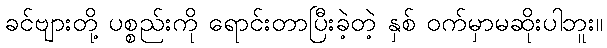
ခင်ဗျားတို့ ပစ္စည်းကို ရောင်းတာပြီးခဲ့တဲ့ နှစ် ဝက်မှာမဆိုးပါဘူး။